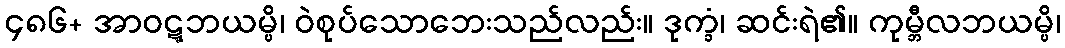
၄၈၆+ အာဝဋ္ဋဘယမ္ပိ၊ ဝဲစုပ်သောဘေးသည်လည်း။ ဒုက္ခံ၊ ဆင်းရဲ၏။ ကုမ္ဘီလဘယမ္ပိ၊